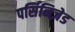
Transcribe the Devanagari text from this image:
पर्सिनिज़ेड